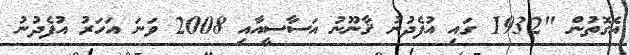
އެގޮތުން "1932 ގައި އުފެދުނު ޤާނޫނު އަސާސީއާއި 2008 ވަނަ އަހަރު އުފެދުނު